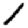
Digit: 1